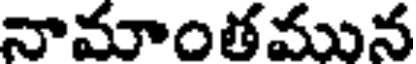
నామాంతమున